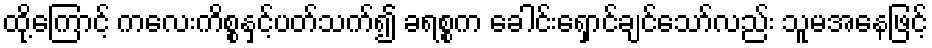
ထို့ကြောင့် ကလေးကိစ္စနှင့်ပတ်သက်၍ ခရစ္စက ခေါင်းရှောင်ချင်သော်လည်း သူမအနေဖြင့်